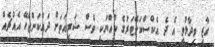
ގާޒީ ވިދާޅުވީ އެ ދެ އެކްސްކަވޭޓަރުގެ ކުއްޔަކީ ވެސް ޝަރީއަތަށް ދައްކަންޖެހޭ އެއްޗެއް